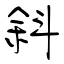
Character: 斜